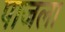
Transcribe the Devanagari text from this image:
पाजला